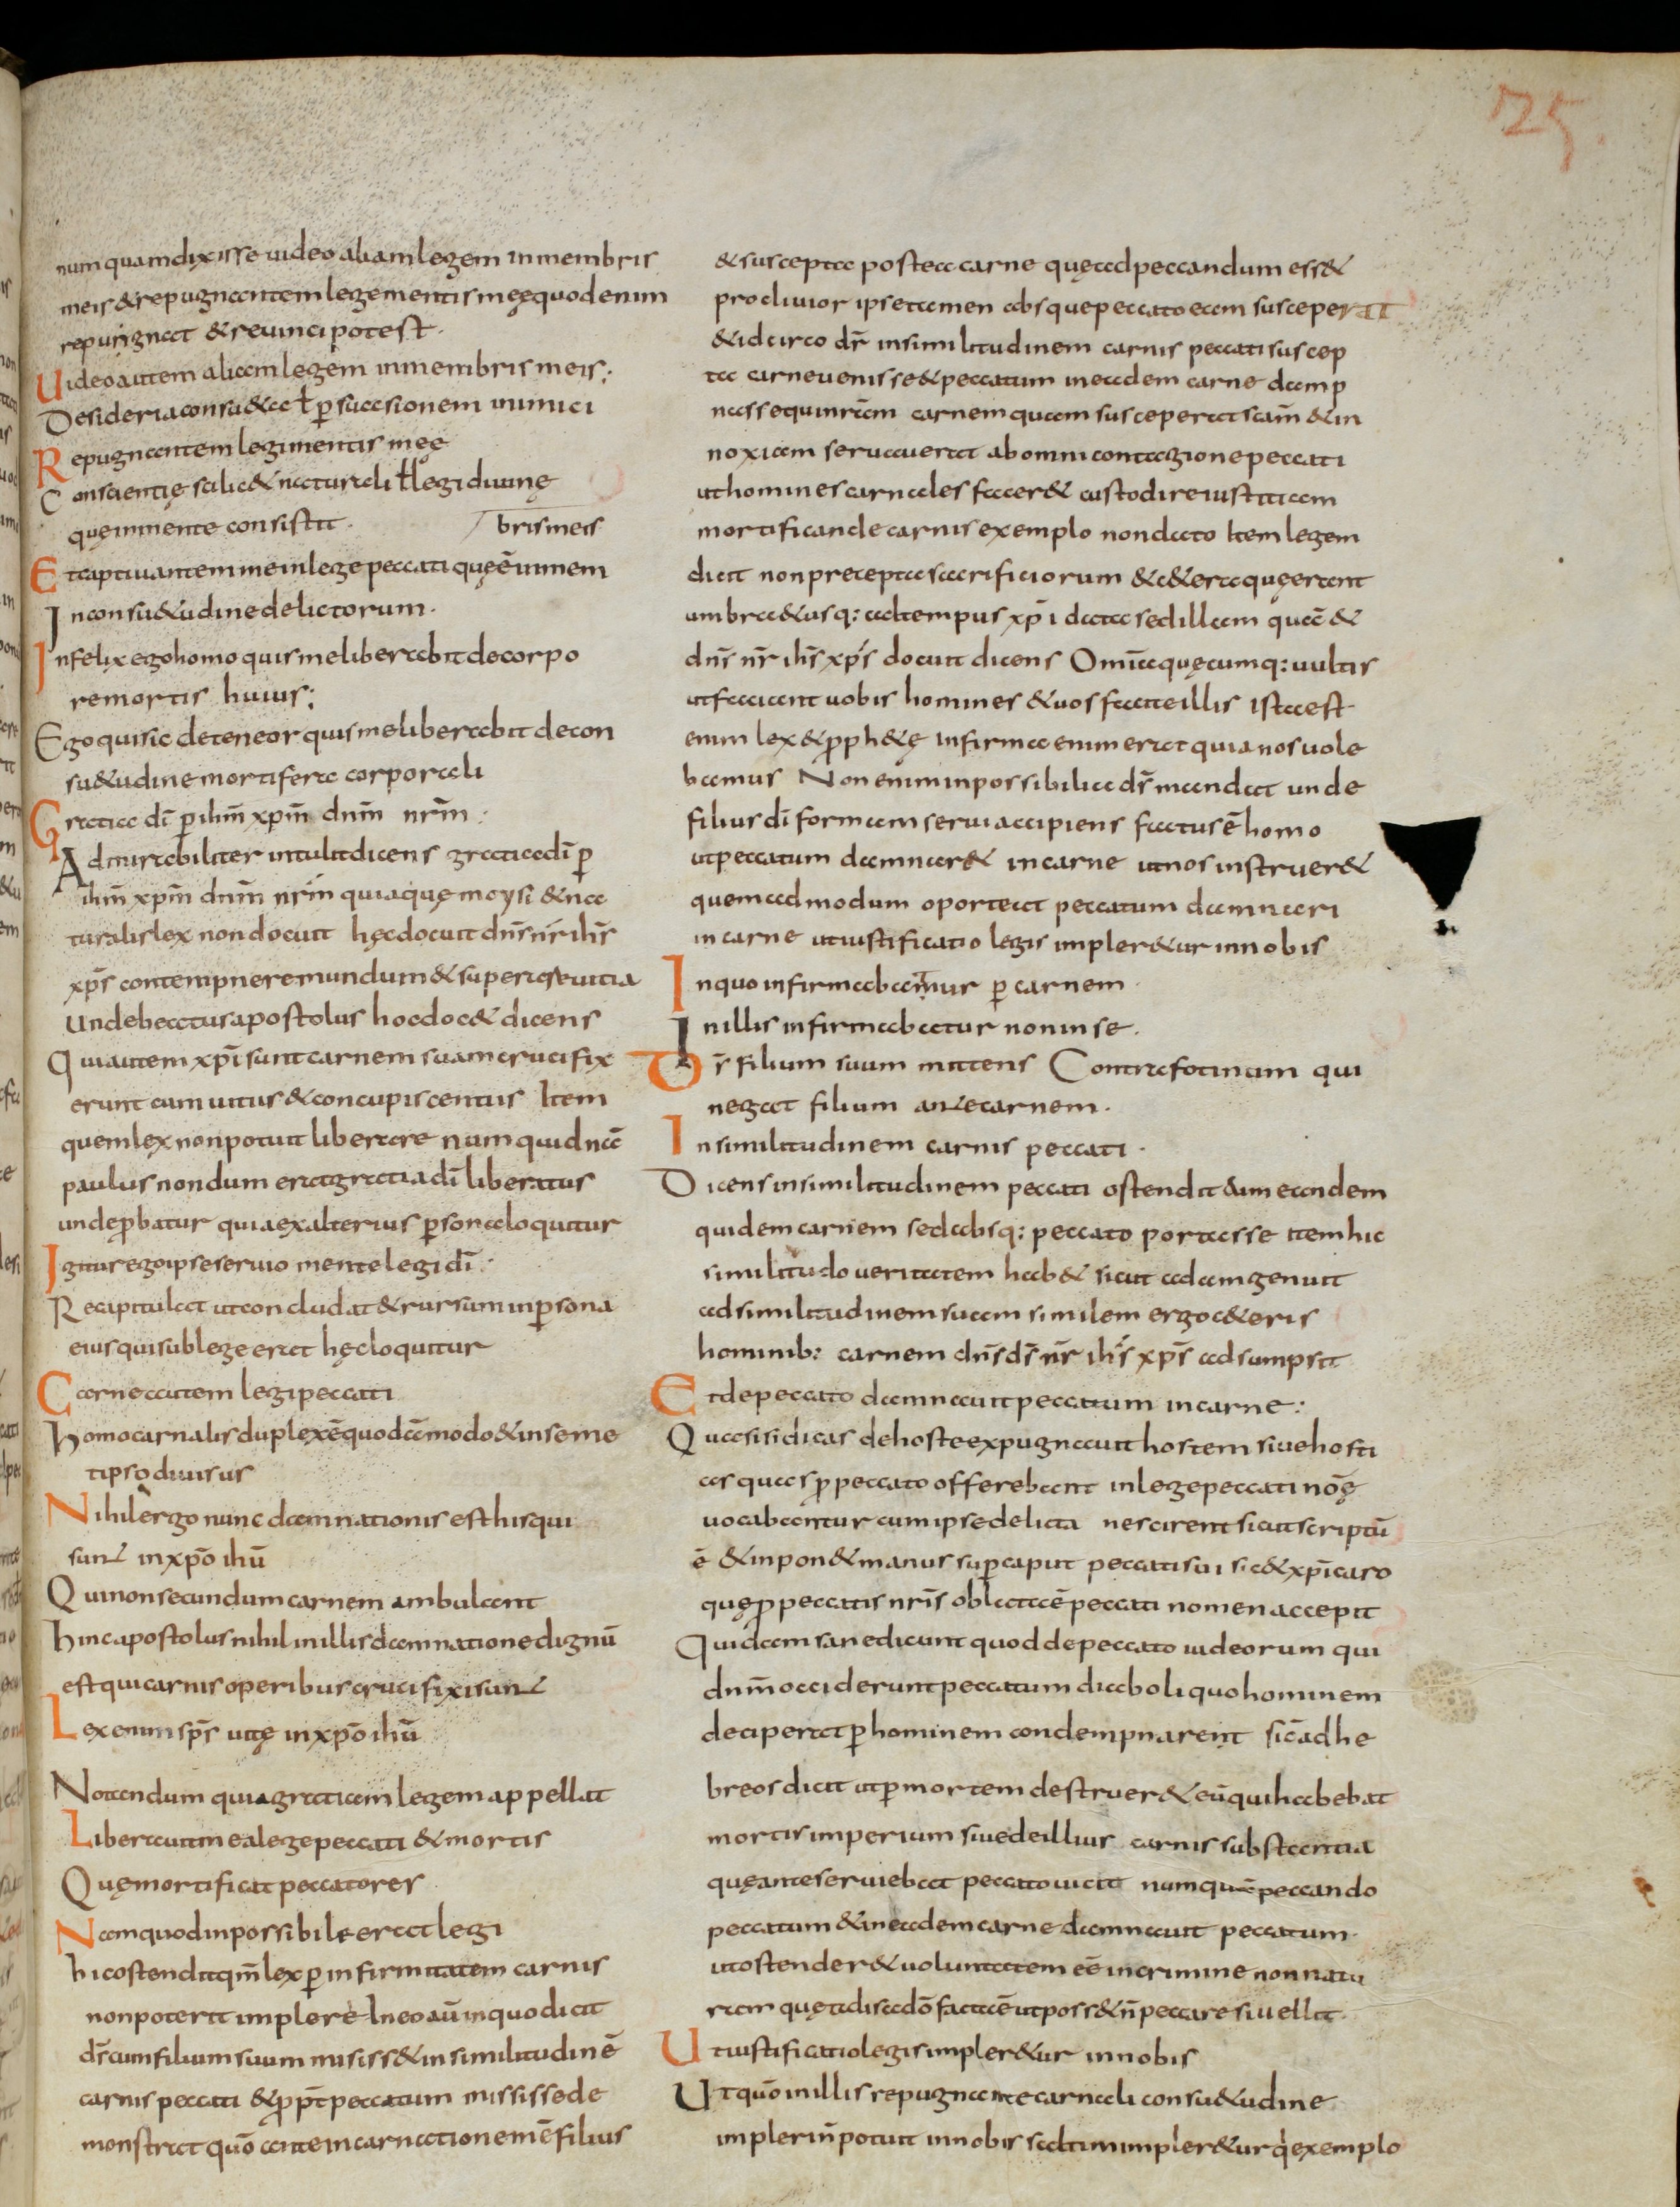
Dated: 800–830